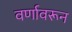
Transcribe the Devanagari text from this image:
वर्णावरून